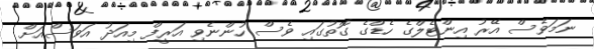
ނަމަވެސް އޭރު އިންޓެލްގެ ހެޑްގެ ގޮތުގައި ވެސް ހުންނެވި އަރީފް މިއަދު އަވަސްއަށް